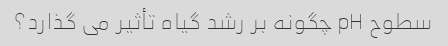
سطوح pH چگونه بر رشد گیاه تأثیر می گذارد؟